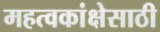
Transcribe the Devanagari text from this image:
महत्वकांक्षेसाठी